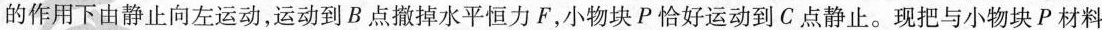
的作用下由静止向左运动，运动到B点撤掉水平恒力F，小物块P恰好运动到C点静止。现把与小物块P材料